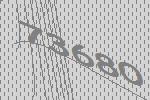
73680